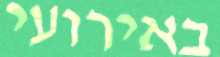
באירועי